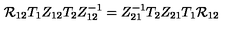
{ \cal R } _ { 1 2 } T _ { 1 } Z _ { 1 2 } T _ { 2 } Z _ { 1 2 } ^ { - 1 } = Z _ { 2 1 } ^ { - 1 } T _ { 2 } Z _ { 2 1 } T _ { 1 } { \cal R } _ { 1 2 }